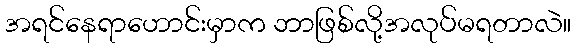
အရင်နေရာဟောင်းမှာက ဘာဖြစ်လို့အလုပ်မရတာလဲ။